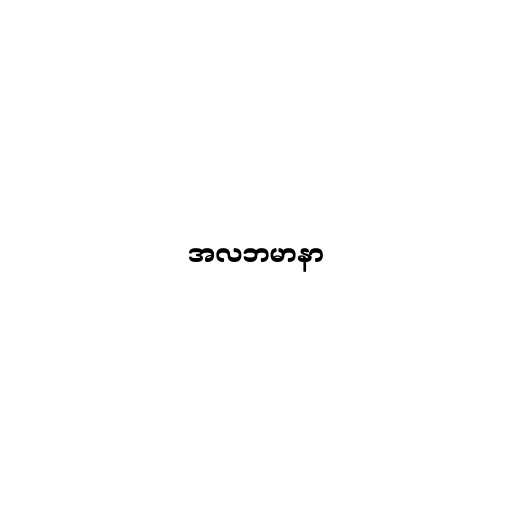
အလဘမာနာ